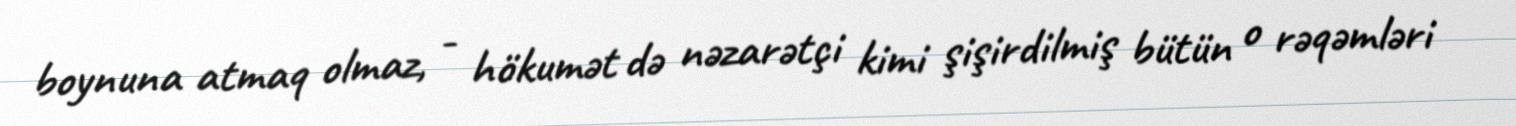
boynuna atmaq olmaz, - hökumət də nəzarətçi kimi şişirdilmiş bütün o rəqəmləri